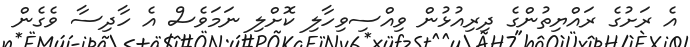
އެ ރަށުގެ ރައްޔިތުންގެ ދިރިއުޅުން ވިއްސިވިހާލި ކޮށްލި ނަމަވެސް އެ ހާދިސާ ވެގެން